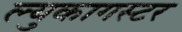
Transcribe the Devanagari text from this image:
ल्युकागस्टर